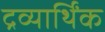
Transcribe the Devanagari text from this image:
द्रव्यार्थिंक